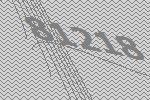
81218